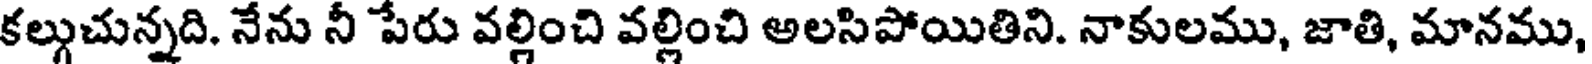
కల్గుచున్నది. నేను నీ పేరు వల్లించి వల్లించి అలసిపోయితిని. నాకులము, జాతి, మానము,